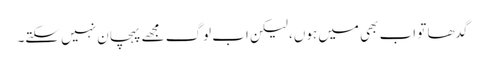
گدھا تو اب بھی میں ہوں، لیکن اب لوگ مجھے پہچان نہیں سکتے۔